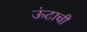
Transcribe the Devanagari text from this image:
ऊंटाची